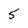
Character: 5